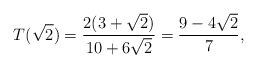
\begin{align*}T(\sqrt{2})=\frac{2 (3 + \sqrt{2})}{10 + 6 \sqrt{2}}=\frac{9 - 4 \sqrt{2}}{7},\end{align*}